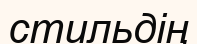
стильдің